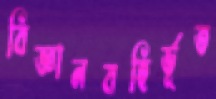
বিজ্ঞানবহির্ভূত